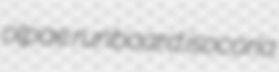
olpae runboard isocoria